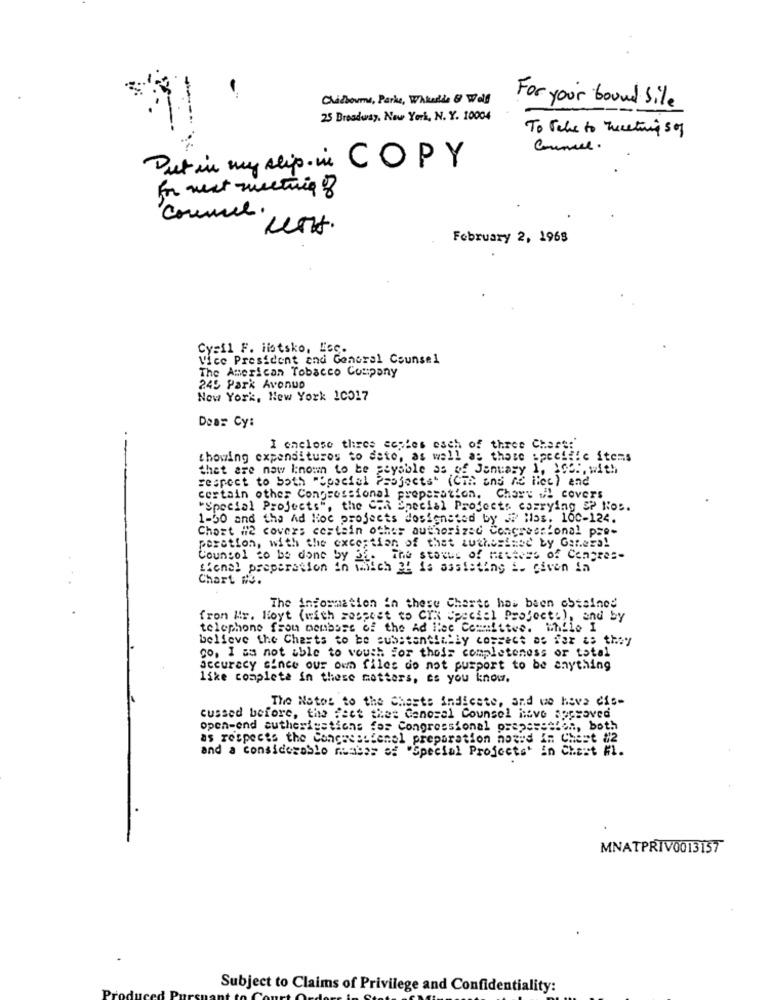
Clickouml, Parke, Whkalle & Wall
For your bound bile
25 Broadway, New York, N. Y. 10004
To Take to Tweeting sof
Connue.
Put in my slip. in COPY
commee .
February 2, 1968
Cy=il F. ilotsko, Les.
Vice President and General Counsel
The American Tobacco Company
245 Park Avenue
Now York, New York 10017
Dear Cy:
I enclose thres copies esch of three Chars:
showing expenditures to date, as well as those specifie items
that are now I:noun to be payable as of January 1, 1och, with
respect to both "Special Projects' (CTR ans ne ilec) and
certain other Congressional preparation. Chart ul covers
"Special Projects", the C.A Enecial Projects carrying EP Nos.
1-50 and the Ad Hoc projects designated by . Hos. 100-124.
Chost #2 covers certain other authorized Congressional pre-
peration, with the exception of that Luthesimse by General
Counsel to be done by S1. The status of matters of Congres-
"ional preparation in which 2! is assisting i. given in
Chart #3.
The information in these Charte has been obtained
from Mr. Hoyt (with respect to CIR Special Projects), and by
telephone from membase of the Ad lee Committee. While I
believe the Charts to be substantially cossect as far as they
go, I as not able to voush jor thois completeness or total
accuracy since our own files do not purport to be anything
like complete in these matters, es you know.
The Natos to the Chests indicate, and we have cis-
cussed before, the feet thet Canosal Counsel have sopsaved
open-end sutherigstions fos Congressional preps == tien, both
as respects the Concasesfenal preparation noted In Chest #2
and a considerable mass of "Special Projects" In Chest Fl.
MNATPRIV0013157
Subject to Claims of Privilege and Confidentiality: